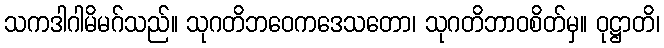
သကဒါဂါမိမဂ်သည်။ သုဂတိဘဝေကဒေသတော၊ သုဂတိဘာဝစိတ်မှ။ ဝုဋ္ဌာတိ၊